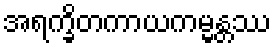
အရက္ခိတကာယကမ္မန္တဿ